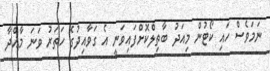
ނަމަވެސް ހައި ކޯޓުން މިއަދު ބާތިލްކޮށްފައިވަނީ އެ ގަވާއިދުގެ ހަތަރު ވަނަ މާއްދާ